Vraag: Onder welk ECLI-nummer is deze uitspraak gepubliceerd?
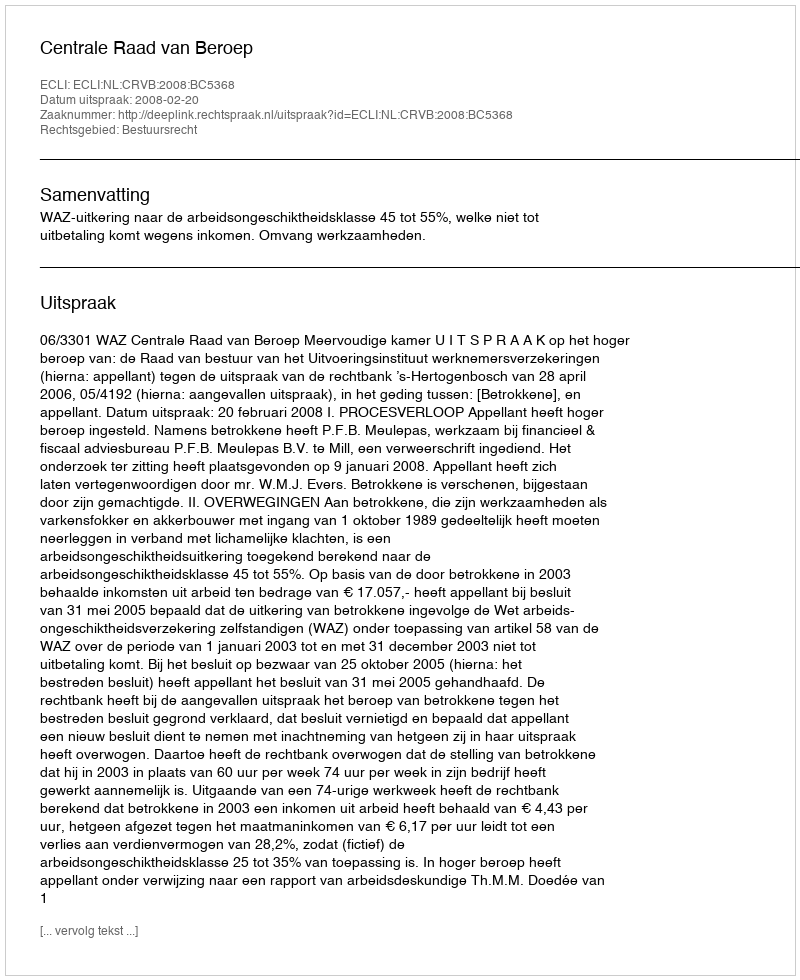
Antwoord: ECLI:NL:CRVB:2008:BC5368